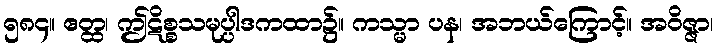
၅၈၄။ ဧတ္ထ၊ ဤဋိစ္စသမုပ္ပါဒကထာ၌။ ကသ္မာ ပန၊ အဘယ်ကြောင့်။ အဝိဇ္ဇာ၊